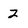
Character: 2